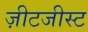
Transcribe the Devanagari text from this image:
ज़ीटजीस्ट